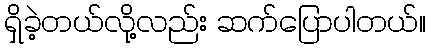
ရှိခဲ့တယ်လို့လည်း ဆက်ပြောပါတယ်။